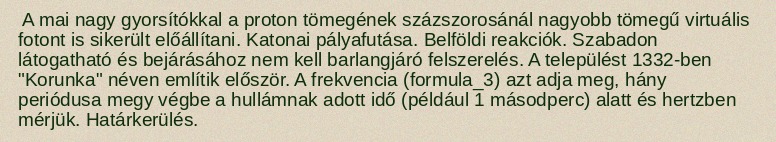
A mai nagy gyorsítókkal a proton tömegének százszorosánál nagyobb tömegű virtuális fotont is sikerült előállítani. Katonai pályafutása. Belföldi reakciók. Szabadon látogatható és bejárásához nem kell barlangjáró felszerelés. A települést 1332-ben "Korunka" néven említik először. A frekvencia (formula_3) azt adja meg, hány periódusa megy végbe a hullámnak adott idő (például 1 másodperc) alatt és hertzben mérjük. Határkerülés.